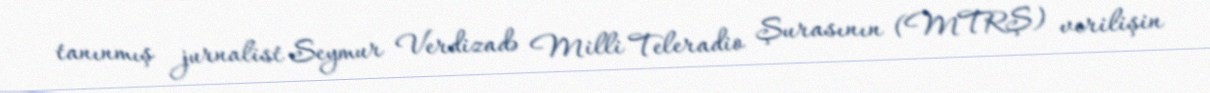
tanınmış jurnalist Seymur Verdizadə Milli Teleradio Şurasının (MTRŞ) verilişin